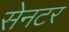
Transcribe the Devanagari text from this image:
सेनटर